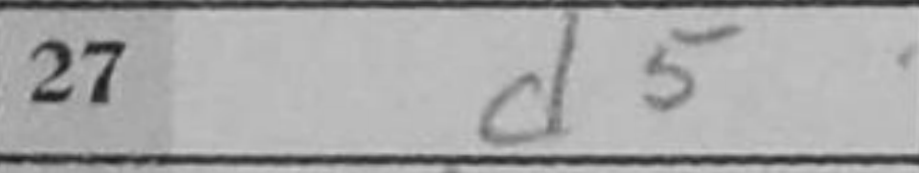
Transcription: d5